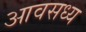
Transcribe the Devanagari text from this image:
आवसध्य